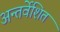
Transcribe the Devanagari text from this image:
अन्तर्वेशित